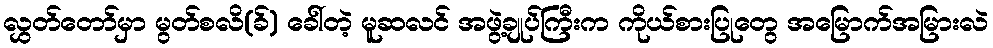
လွှတ်တော်မှာ မွတ်စလိ(ခ်) ခေါ်တဲ့ မူဆလင် အဖွဲ့ချုပ်ကြီးက ကိုယ်စားပြုတွေ အမြောက်အမြားလဲ